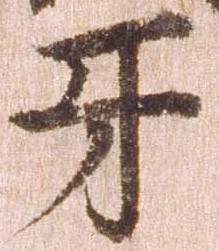
互